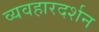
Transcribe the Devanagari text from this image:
व्यवहारदर्शन